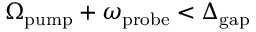
\Omega _ { \mathrm { p u m p } } + \omega _ { \mathrm { p r o b e } } < \Delta _ { \mathrm { g a p } }